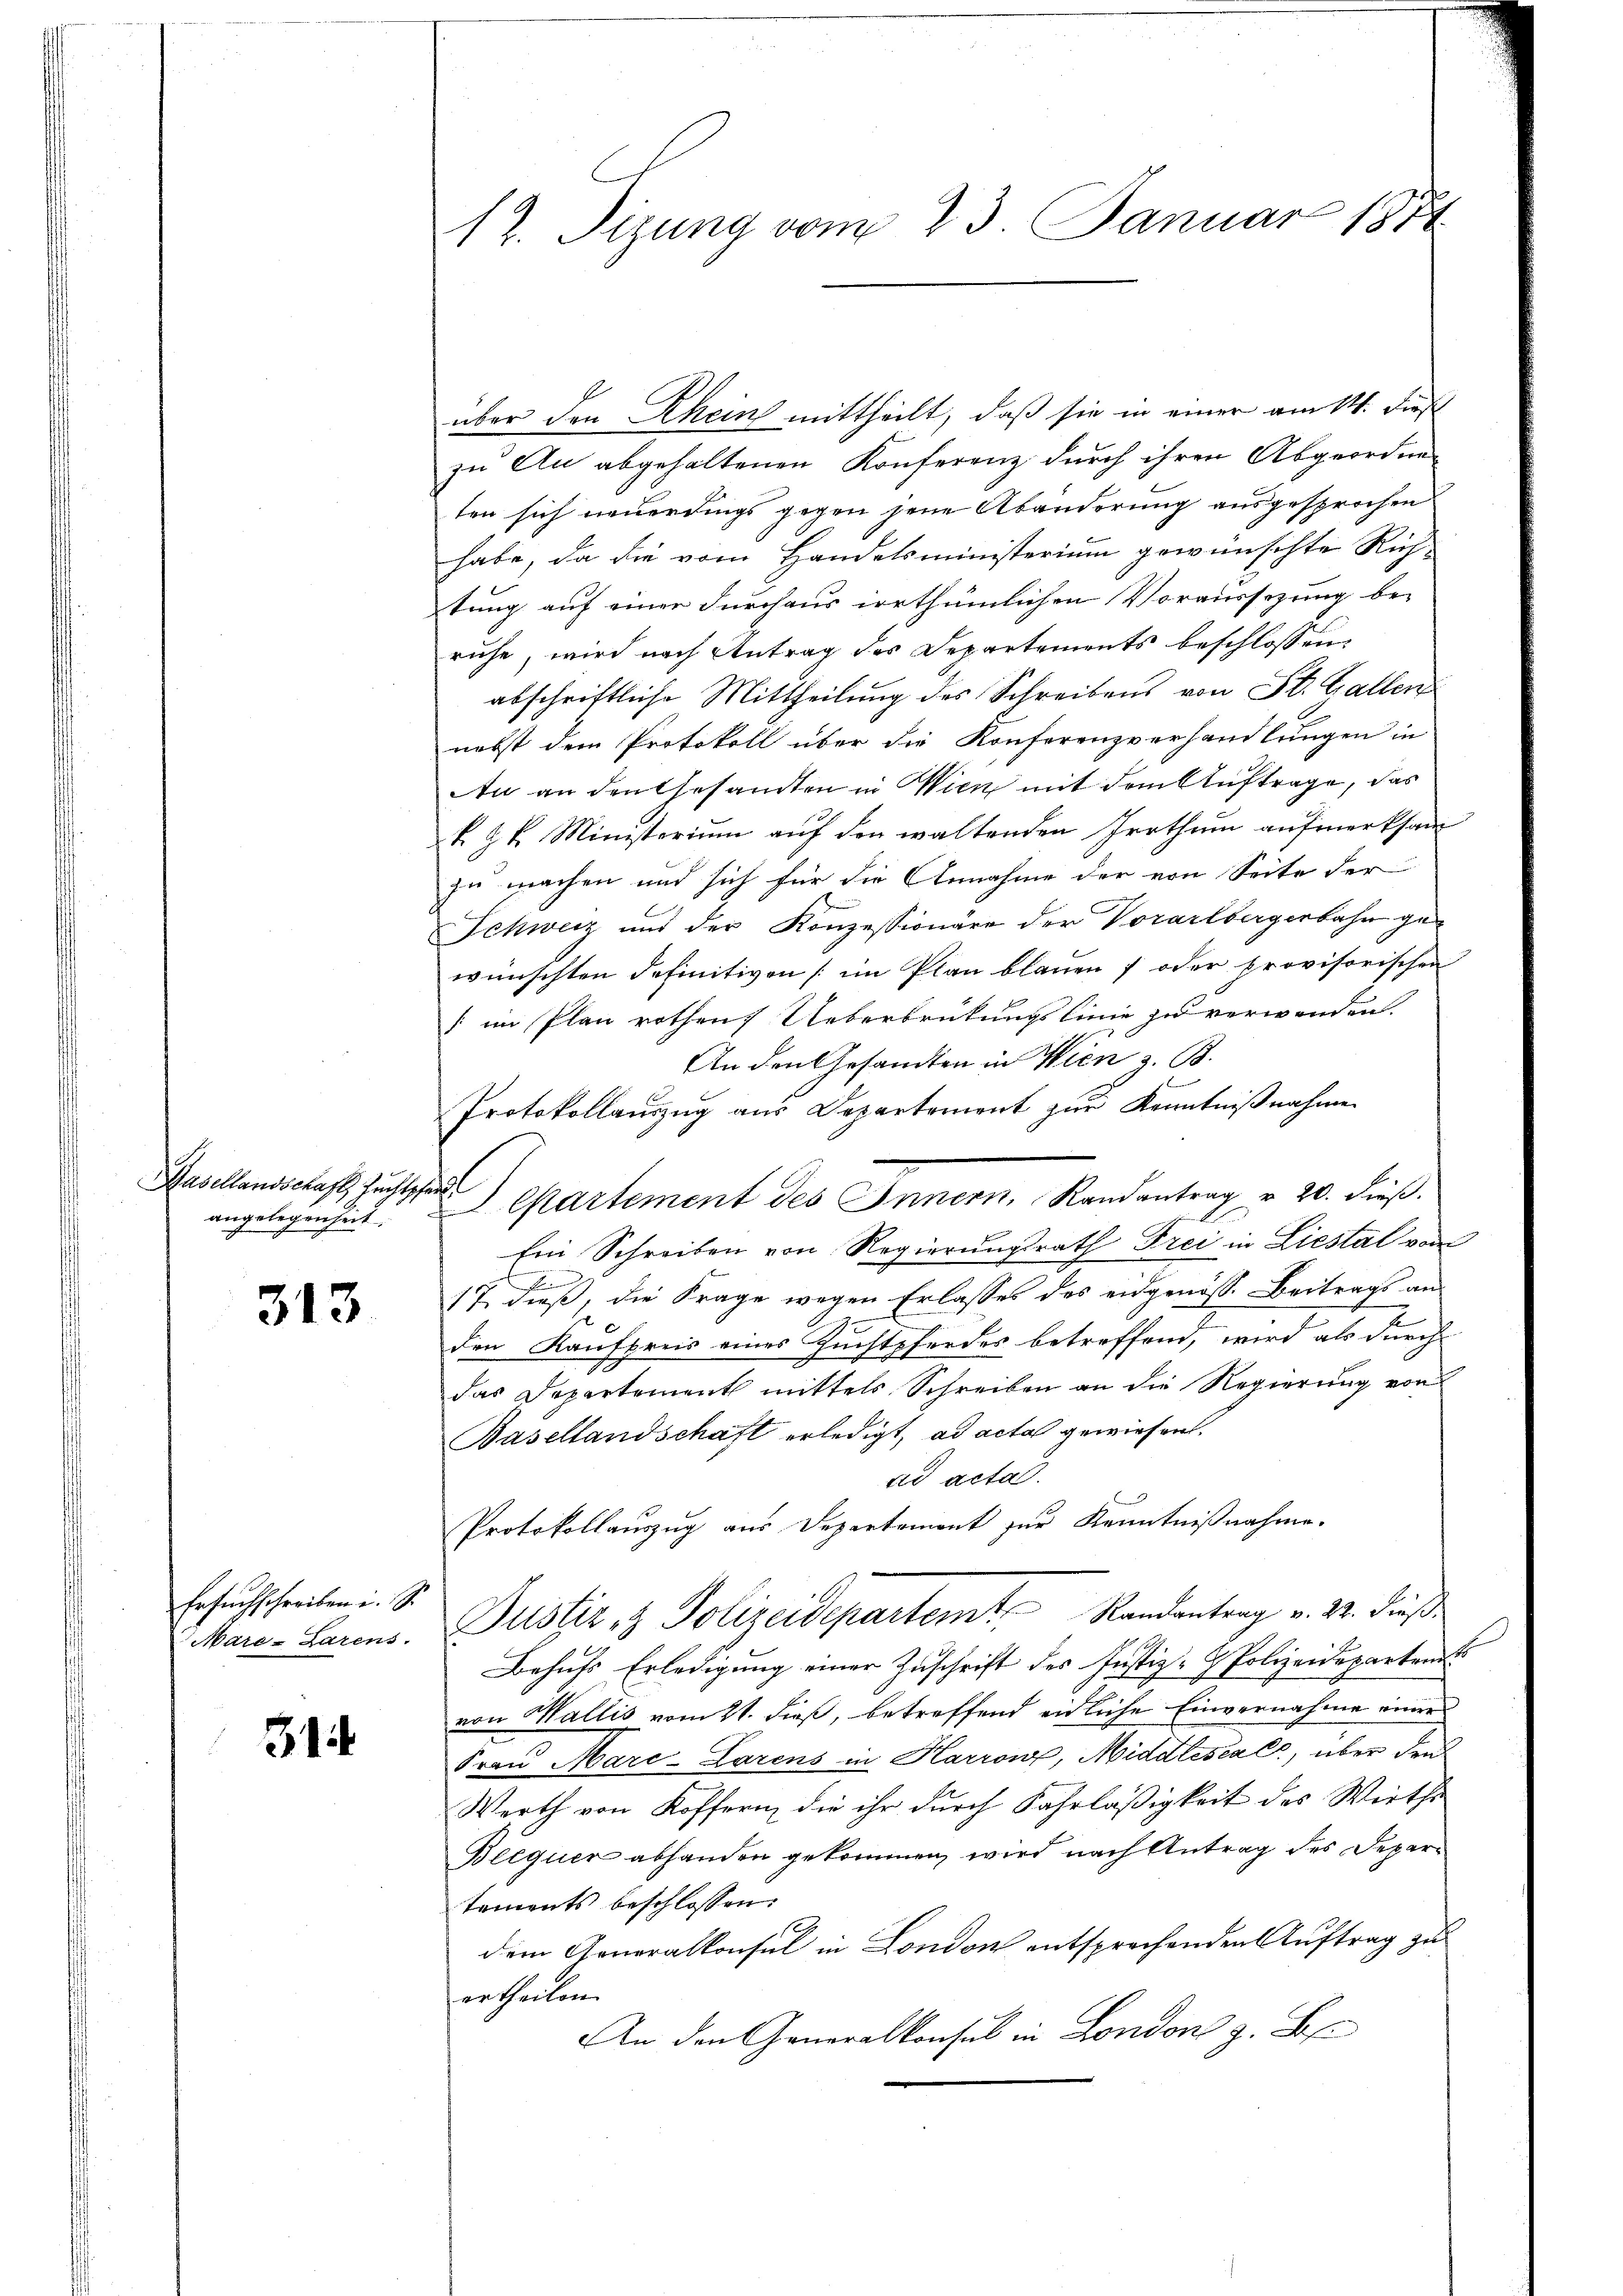
Hasellandschaft Zuchtpfer
angelegenheit.

313

Ersuchschreiben i. S.
Mare-Larens.

31

12. Sizung vom 23. Januar 1871

über den Rhein mittheilt, daß sie in einer am 14. Dies
zu An abgehaltenen Konferenz durch ihren Abgeordnen
ten sich neuerdings gegen jene Abänderung ausgesprochen
habe, da die vom Handelsministerium gewünschte Rich-
tung auf einer durchaus irrthümlichen Voraussezung be-
ruhe, wird nach Antrag des Departements beschlossen,
abschriftliche Mittheilung des Schreibens von St. Gallen
nebst dem Protokoll über die Konferenzverhandlungen in
An an den Gesandten in Wien mit dem Auftrage, das
k. Z. k. Ministerium auf den waltenden Irrthum aufmerksam
zu machen und sich für die Annahme der von Seite der
Schweiz und der Konzessionäre der Vorarlbergerbahn gewünschten definitiven (im Plan blauen ; oder provisorischen
 im Plan rothen Ueberbrütungslinie zu verwenden.
An den Gesandten in Wien z. B.
Protokollauszug aus Departement zur Kenntnißnahme
l
Cartement des Innern, Randantrag v. 20. dieß.
f
Ein Schreiben von Regierungsrath Frei in Liestal von
17. dieß, die Frage wegen Erlasses das eidgenöss. Beitrags an
den Kaufpreis eines Zuchtpferdes betreffend, wird als durch
das Departement mittels Schreiben an die Regierung von
Basellandschaft erledigt, ad acta gewiesent.
ad acta.
Protokollauszug aus Departement zur Kenntnißnahme.
Justiz & Polizeidepartemt Randantrag v. 22. dieß
Behufs Erledigung einer Zuschrift des Justiz-Polizeideparten
von Wallis vom 21. dieß, betreffend eidliche Einvernahme einer
Frau Mare-Larens in Harront, Middlescals, über den
Werth von Koffern, die ihr durch Fahrläßigkeit des Wirths
Becquer abhanden gekommen, wird nach Antrag des Departaments beschlossen:
dem Generalkonsul in London entsprechenden Auftrag zu
ertheilen.
An den Generalkonsul in Londons z. B.